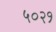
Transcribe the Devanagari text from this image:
५०२१